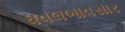
ધવલભાવસાર